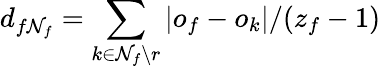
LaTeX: d_{f\mathcal{N}_{f}}=\sum_{k\in\mathcal{N}_{f}\setminus r}|o_{f}-o_{k}|/(z_{f}-1)